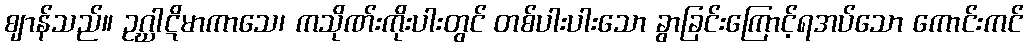
ဈာန်သည်။ ဥဂ္ဃာဋိမာကာသေ၊ ကသိုဏ်းကိုးပါးတွင် တစ်ပါးပါးသော ခွာခြင်းကြောင့်ရအပ်သော ကောင်းကင်